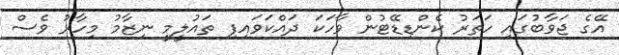
އޭގެ ޖަވާބުގައި ހަތަރު ކެންޑިޑޭޓުން ވާހަކަ ދައްކަވައިފި ތައުލީމީ ނިޒާމު މިހާރު ވެސް